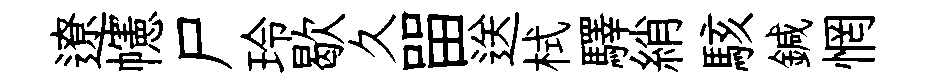
遼幰尸玲歇久㽞送栻驛綃駭鍼惘